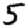
Digit: 5